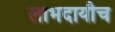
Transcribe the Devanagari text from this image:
लाभदायीच